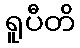
ရူပီတိ